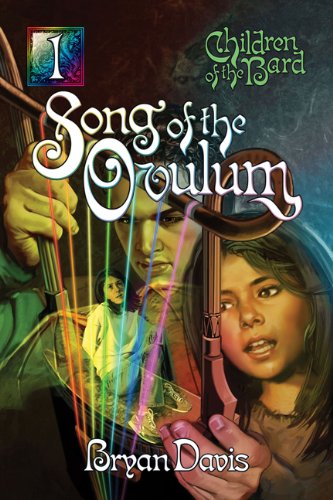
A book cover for Song of the Ovulum (Children of the Bard); Bryan Davis; Teen & Young Adult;